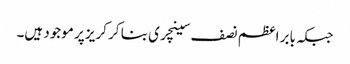
جبکہ بابر اعظم نصف سینچری بنا کر کریز پر موجود ہیں۔